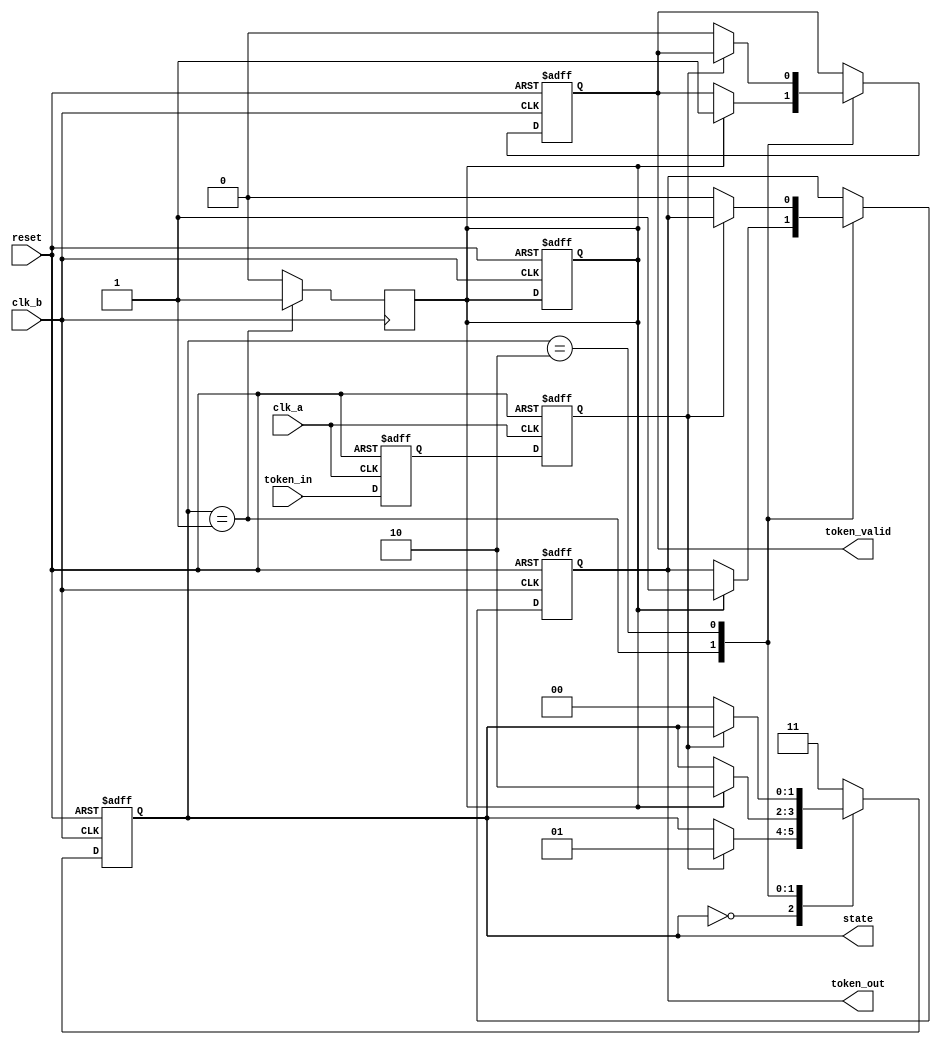
module TokenRingSynchronizer (
    input wire clk_a,         // Clock for domain A
    input wire clk_b,         // Clock for domain B
    input wire reset,         // Global reset
    input wire token_in,      // Input token signal from domain A
    output reg token_out,     // Output token signal for domain B
    output reg [1:0] state,   // Current state of the FSM
    output reg token_valid     // Token validity indicator
);

    // State encoding
    parameter IDLE     = 2'b00;
    parameter RECEIVING = 2'b01;
    parameter TRANSMITTING = 2'b10;
    parameter ERROR    = 2'b11;

    // Synchronization registers
    reg token_sync_1;
    reg token_sync_2;

    // Token storage
    reg token_storage;

    // Handshake signal
    reg handshake;

    // State machine
    always @(posedge clk_b or posedge reset) begin
        if (reset) begin
            state <= IDLE;
            token_out <= 0;
            token_valid <= 0;
            token_storage <= 0;
            handshake <= 0;
        end else begin
            case (state)
                IDLE: begin
                    if (token_sync_2) begin
                        state <= RECEIVING;
                        token_storage <= 1; // Store the received token
                    end
                end

                RECEIVING: begin
                    if (handshake) begin
                        state <= TRANSMITTING;
                        token_out <= 1; // Pass the token to the next node
                        token_valid <= 1; // Indicate token is valid
                    end
                end

                TRANSMITTING: begin
                    if (~token_sync_2) begin
                        state <= IDLE; // Go back to idle if token is not present
                        token_out <= 0; // Release token
                        token_valid <= 0;
                        token_storage <= 0; // Clear stored token
                    end
                end

                default: state <= ERROR; // Handle error state
            endcase
        end
    end

    // Synchronization logic with dual flip-flop
    always @(posedge clk_a or posedge reset) begin
        if (reset) begin
            token_sync_1 <= 0;
            token_sync_2 <= 0;
        end else begin
            token_sync_1 <= token_in; // First flip-flop
            token_sync_2 <= token_sync_1; // Second flip-flop
        end
    end

    // Handshake logic
    always @(posedge clk_b) begin
        if (state == RECEIVING) begin
            handshake <= 1; // Signal handshake when receiving token
        end else begin
            handshake <= 0; // Reset handshake
        end
    end

endmodule